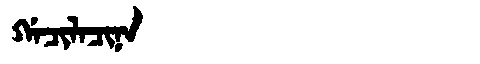
Manchu: ᡤᠠᠴᡳᠯᠠᠴᡳᠨᠠ
Romanization: GACILACINA